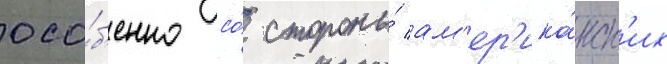
осо́б'енно со́ стороны́ ам'ер'ика́нск'их